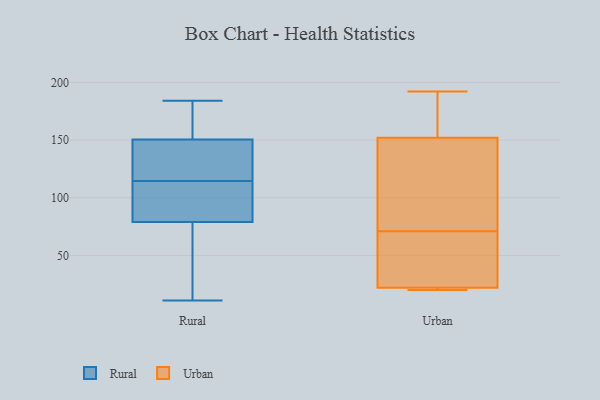
{"axis": {"x": "Tickets Resolved", "y": "Value"}, "legend": ["Rural", "Urban"], "data": [{"x": "", "y": 135, "type": "Rural"}, {"x": "", "y": 126, "type": "Rural"}, {"x": "", "y": 11, "type": "Rural"}, {"x": "", "y": 74, "type": "Rural"}, {"x": "", "y": 134, "type": "Rural"}, {"x": "", "y": 87, "type": "Rural"}, {"x": "", "y": 103, "type": "Rural"}, {"x": "", "y": 174, "type": "Rural"}, {"x": "", "y": 93, "type": "Rural"}, {"x": "", "y": 166, "type": "Rural"}, {"x": "", "y": 61, "type": "Rural"}, {"x": "", "y": 54, "type": "Rural"}, {"x": "", "y": 184, "type": "Rural"}, {"x": "", "y": 126, "type": "Rural"}, {"x": "", "y": 84, "type": "Rural"}, {"x": "", "y": 173, "type": "Rural"}, {"x": "", "y": 21, "type": "Urban"}, {"x": "", "y": 168, "type": "Urban"}, {"x": "", "y": 22, "type": "Urban"}, {"x": "", "y": 20, "type": "Urban"}, {"x": "", "y": 77, "type": "Urban"}, {"x": "", "y": 192, "type": "Urban"}, {"x": "", "y": 65, "type": "Urban"}, {"x": "", "y": 124, "type": "Urban"}, {"x": "", "y": 22, "type": "Urban"}, {"x": "", "y": 152, "type": "Urban"}]}